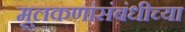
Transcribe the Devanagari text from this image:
मूलकणांसंबंधीच्या